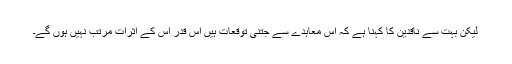
لیکن بہت سے ناقدین کا کہنا ہے کہ اس معاہدے سے جتنی توقعات ہیں اس قدر اس کے اثرات مرتب نہیں ہوں گے۔